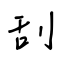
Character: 刮